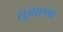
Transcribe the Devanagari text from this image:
सुझाएगा